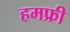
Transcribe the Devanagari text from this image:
हमफ्री